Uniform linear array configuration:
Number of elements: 4
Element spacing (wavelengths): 1
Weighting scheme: hann
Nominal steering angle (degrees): -45
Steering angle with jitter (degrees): -46.203
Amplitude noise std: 0.05
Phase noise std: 0.05

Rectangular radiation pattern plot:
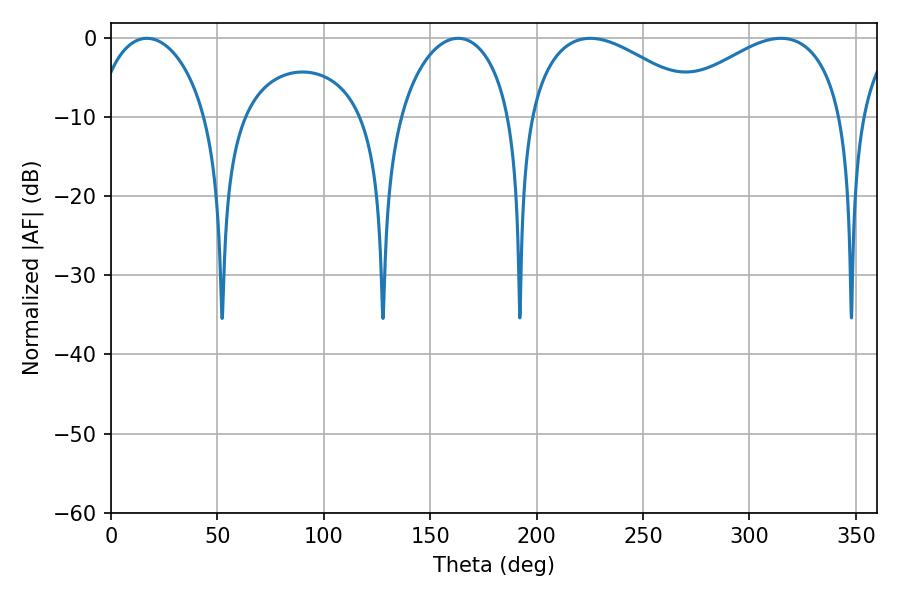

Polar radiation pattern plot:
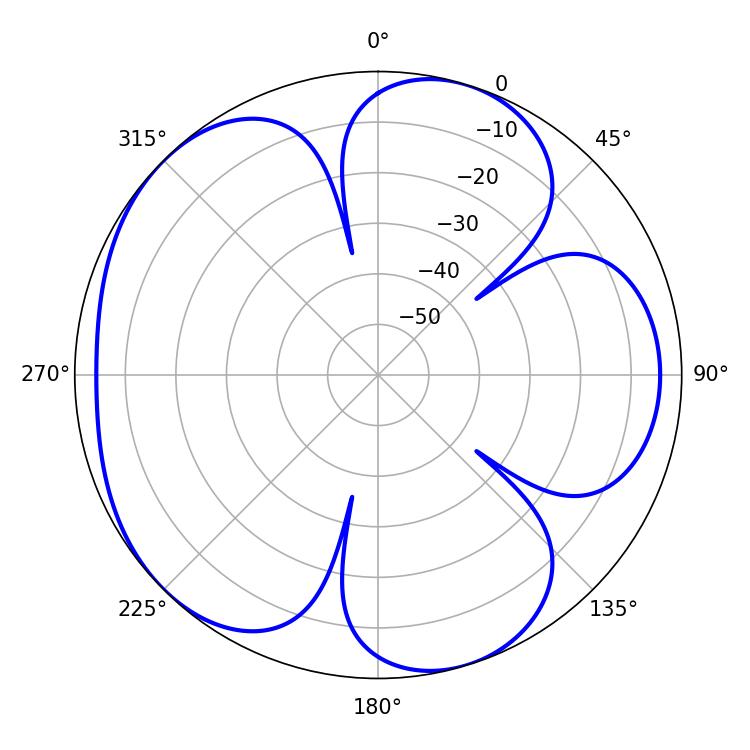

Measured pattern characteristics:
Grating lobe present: TRUE
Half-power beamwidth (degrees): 46.08
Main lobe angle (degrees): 314.82